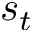
s _ { t }